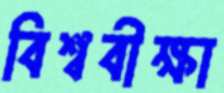
বিশ্ববীক্ষা